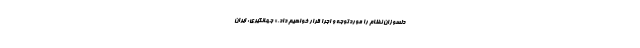
دلسوزان نظام را موردتوجه و اجرا قرار خواهیم داد.» جهانگیری: ایران